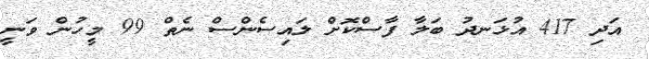
އަދި 417 އުޅަނދު ބަލާ ފާސްކޮށް ލައިސެންސް ނެތް 99 މީހުން ވަނީ